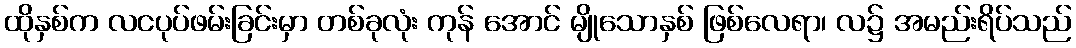
ထိုနှစ်က လငပုပ်ဖမ်းခြင်းမှာ တစ်ခုလုံး ကုန် အောင် မျိုသောနှစ် ဖြစ်လေရာ၊ လ၌ အမည်းရိပ်သည်